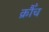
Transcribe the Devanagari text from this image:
क्रौँच